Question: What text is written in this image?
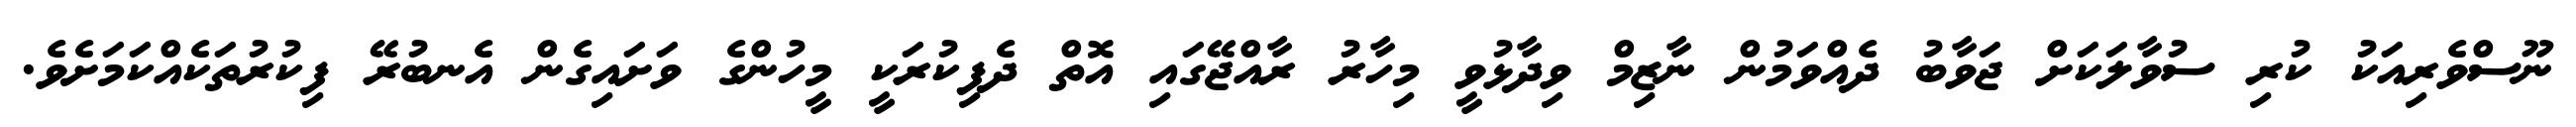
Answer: ނޫސްވެރިއަކު ކުރި ސުވާލަކަށް ޖަވާބު ދެއްވަމުން ނާޒިމް ވިދާޅުވީ މިހާރު ރާއްޖޭގައި އޮތް ދެފިކުރަކީ މީހުންގެ ވަށައިގެން އެނބުރޭ ފިކުރުތަކެއްކަމަށެވެ.